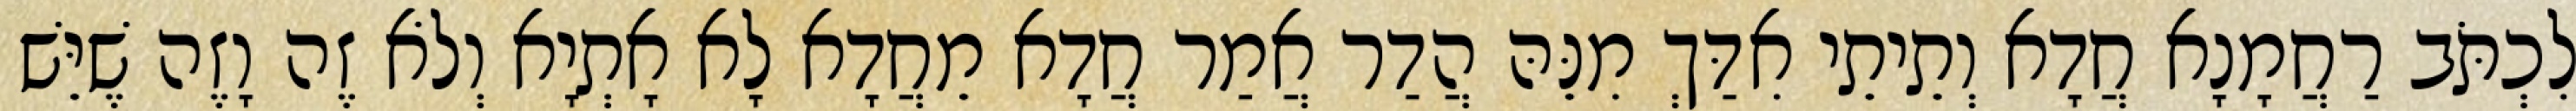
לִכְתֹּב רַחֲמָנָא חֲדָא וְתֵיתֵי אִדַּךְ מִנֵּהּ הֲדַר אֲמַר חֲדָא מֵחֲדָא לָא אָתְיָא וְלֹא זֶה וָזֶה שֶׁיֵּשׁ